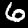
Digit: 6